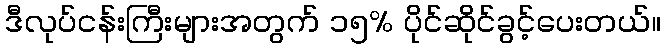
ဒီလုပ်ငန်းကြီးများအတွက် ၁၅% ပိုင်ဆိုင်ခွင့်ပေးတယ်။